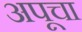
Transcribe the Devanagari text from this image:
अपूचा